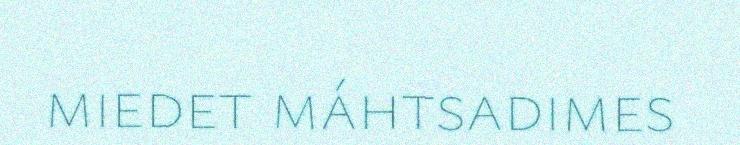
miedet máhtsadimes